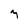
Character: z